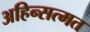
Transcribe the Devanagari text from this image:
अहिन्सत्मत